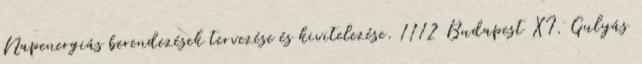
Napenergiás berendezések tervezése és kivitelezése. 1112 Budapest XI. Gulyás